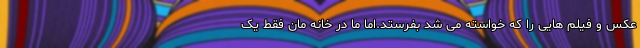
عکس و فیلم هایی را که خواسته می شد بفرستد.اما ما در خانه مان فقط یک